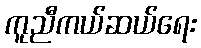
ကူညီကယ်ဆယ်ရေး